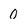
Character: 0